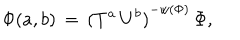
LaTeX: { \Phi } ( a , b ) \, = \, { ( T ^ { a } \, U ^ { b } ) } ^ { - w ( \Phi ) } \, { \Phi } ,